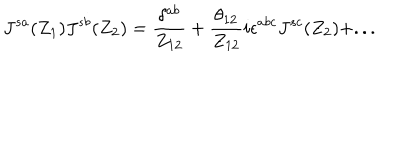
J ^ { s a } ( Z _ { 1 } ) J ^ { s b } ( Z _ { 2 } ) = \frac { \delta ^ { a b } } { Z _ { 1 2 } } + \frac { \theta _ { 1 2 } } { Z _ { 1 2 } } i \epsilon ^ { a b c } J ^ { s c } ( Z _ { 2 } ) + . . .